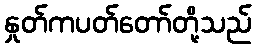
နှုတ်ကပတ်တော်တို့သည်